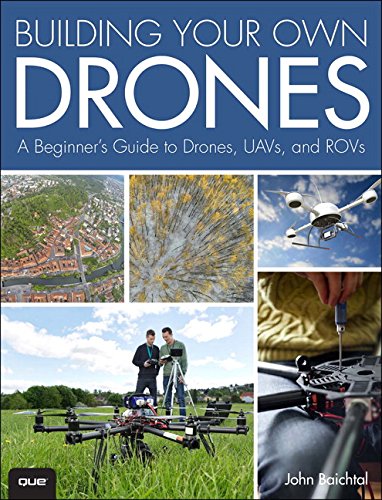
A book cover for Building Your Own Drones: A Beginners' Guide to Drones, UAVs, and ROVs; John Baichtal; Computers & Technology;